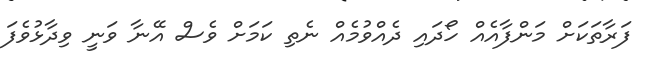
ފަރާތަކަށް މަންފާއެއް ހޯދައި ދެއްވުމެއް ނެތި ކަމަށް ވެސް އޭނާ ވަނީ ވިދާޅުވެފަ